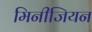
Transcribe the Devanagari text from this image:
मिनीजियन